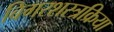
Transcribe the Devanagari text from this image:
बिगरशस्त्रक्रिया